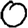
Digit: 0